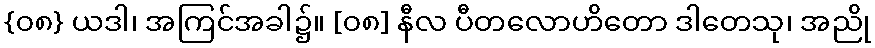
{၀၈} ယဒါ၊ အကြင်အခါ၌။ [၀၈] နီလ ပီတလောဟိတော ဒါတေသု၊ အညို